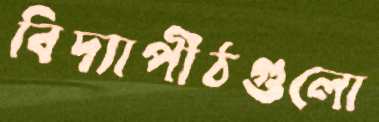
বিদ্যাপীঠগুলো